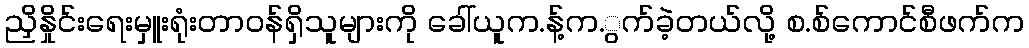
ညှိနှိုင်းရေးမှူးရုံးတာဝန်ရှိသူများကို ခေါ်ယူက.န့်က.ွက်ခဲ့တယ်လို့ စ.စ်ကောင်စီဖက်က